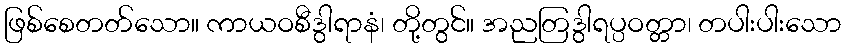
ဖြစ်စေတတ်သော။ ကာယဝစီဒွါရာနံ၊ တို့တွင်။ အညတြဒွါရပ္ပဝတ္တာ၊ တပါးပါးသော